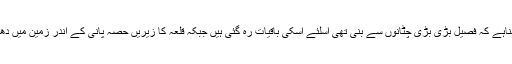
ماہرین کا کہناہے کہ فصیل بڑی بڑی چٹانوں سے بنی تھی اسلئے اسکی باقیات رہ گئی ہیں جبکہ قلعہ کا زیریں حصہ پانی کے اندر زمین میں دھنس چکا ہے۔